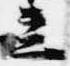
立